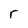
Character: r